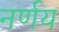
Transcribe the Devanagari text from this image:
नर्णय